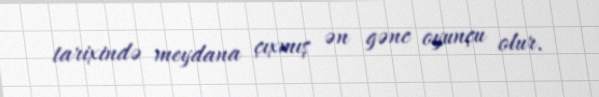
tarixində meydana çıxmış ən gənc oyunçu olur.